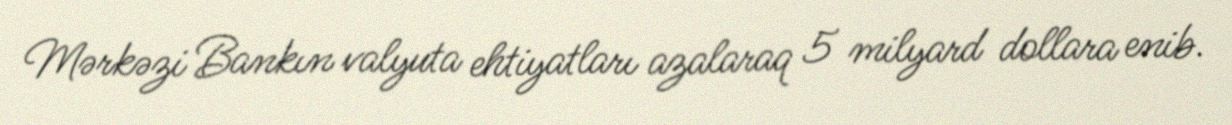
Mərkəzi Bankın valyuta ehtiyatları azalaraq 5 milyard dollara enib.